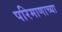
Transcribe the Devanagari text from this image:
परिमाणाच्या